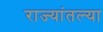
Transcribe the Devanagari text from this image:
राज्यांतल्या